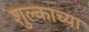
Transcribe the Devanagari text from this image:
शुल्काच्या